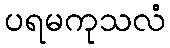
ပရမကုသလံ